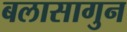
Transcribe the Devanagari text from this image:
बलासागुन